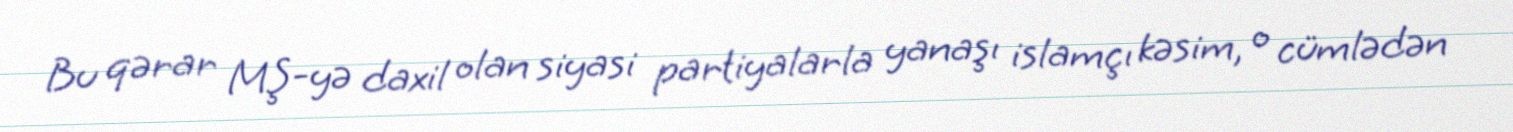
Bu qərar MŞ-yə daxil olan siyasi partiyalarla yanaşı islamçı kəsim, o cümlədən